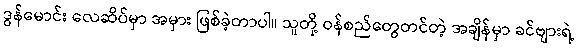
ဒွန်မောင်း လေဆိပ်မှာ အမှား ဖြစ်ခဲ့တာပါ။ သူတို့ ဝန်စည်တွေတင်တဲ့ အချိန်မှာ ခင်ဗျားရဲ့